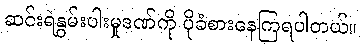
ဆင်းရဲနွမ်းပါးမှုဒဏ်ကို ပိုခံစားနေကြရပါတယ်။